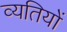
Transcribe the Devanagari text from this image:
व्यतियों